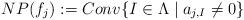
LaTeX: \begin{align*} NP(f_j) := Conv\{I \in \Lambda \mid a_{j,I} \ne 0\} \end{align*}